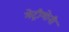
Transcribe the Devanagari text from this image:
मेट्रीमोनी